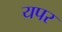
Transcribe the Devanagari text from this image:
यपर